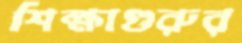
শিক্ষাগুরুর